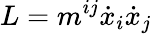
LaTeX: L=m^{ij}\dot{x}_{i}\dot{x}_{j}